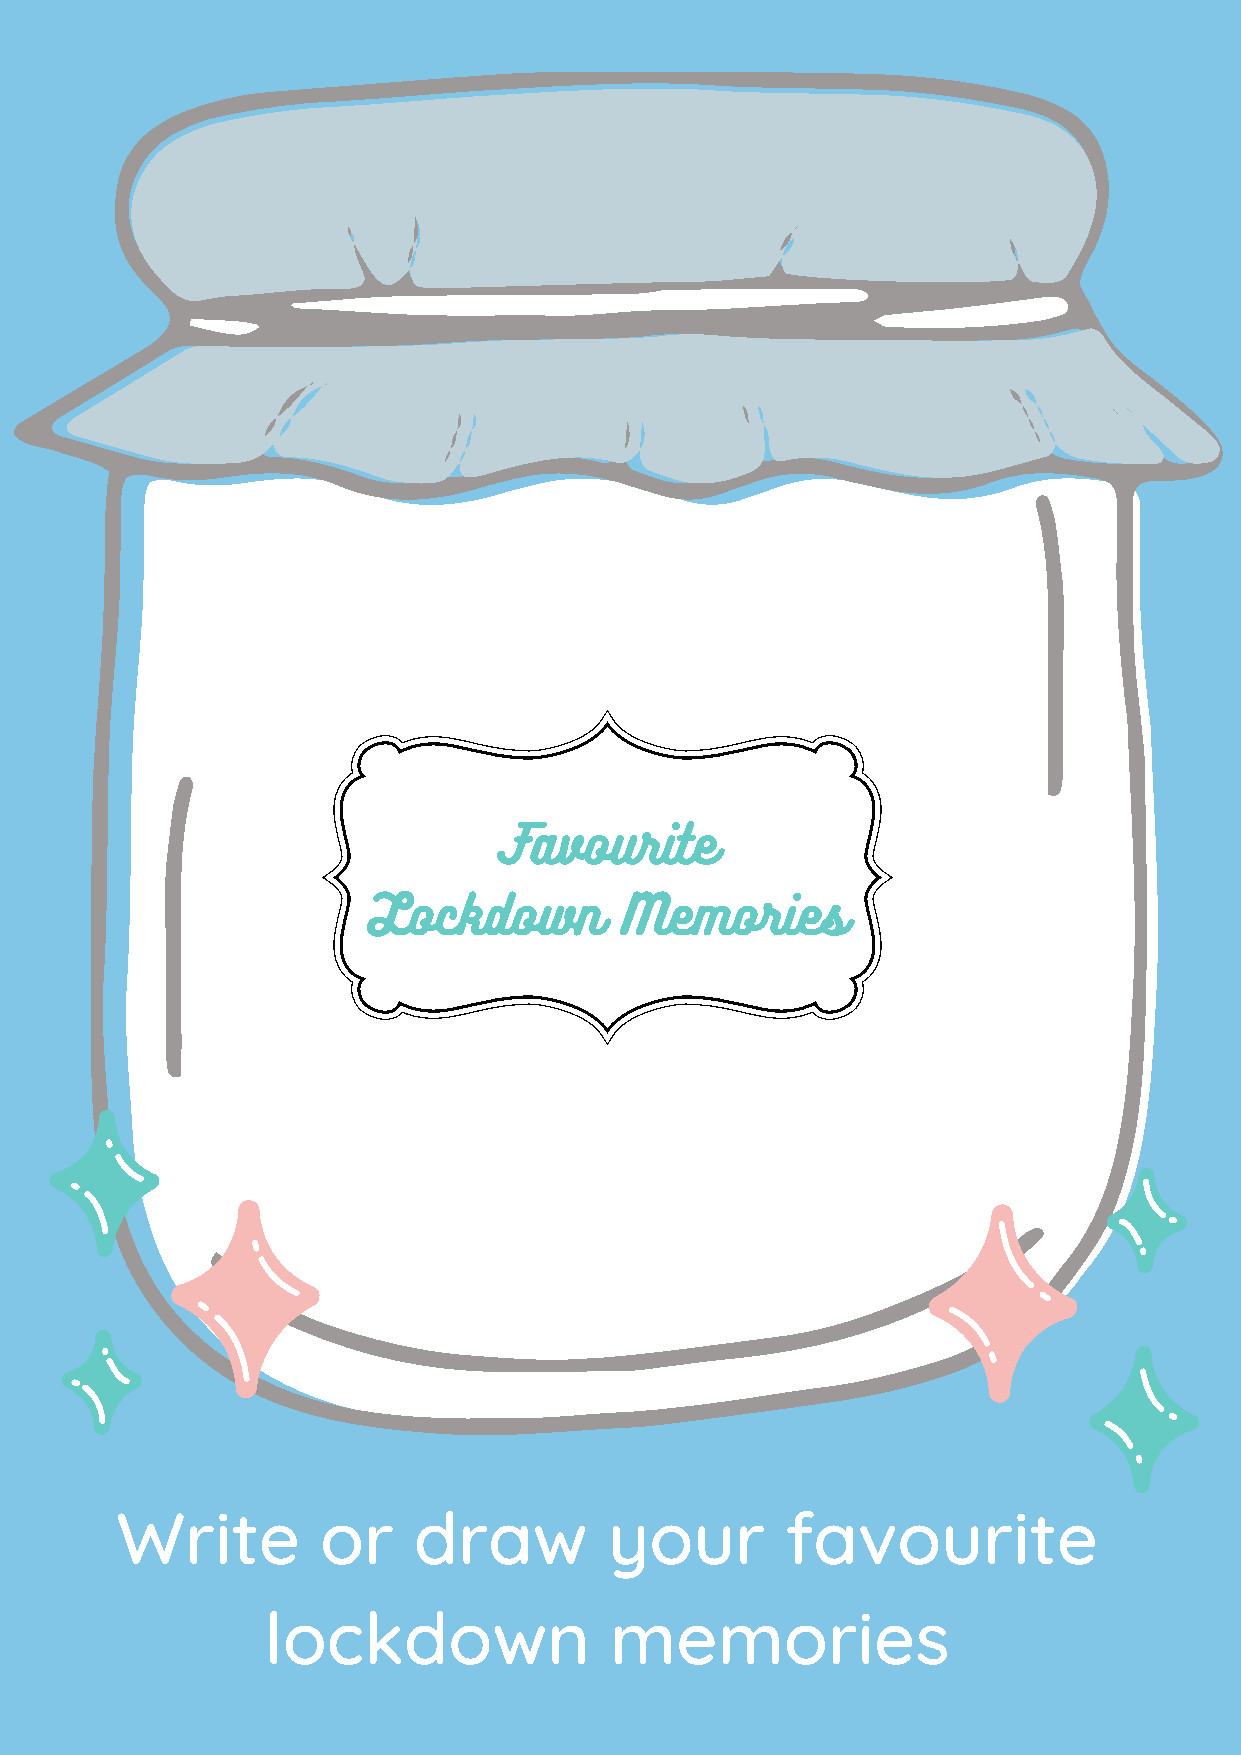
Favourite
 Lockdown         Memories
 Write        or    draw         your        favourite
 lockdown              memories